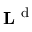
{ \bf L } ^ { \mathrm { ~ d ~ } }